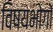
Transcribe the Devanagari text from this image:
विषयभोगों